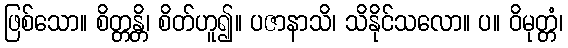
ဖြစ်သော။ စိတ္တန္တိ၊ စိတ်ဟူ၍။ ပဇာနာသိ၊ သိနိုင်သလော။ ပ။ ဝိမုတ္တံ၊